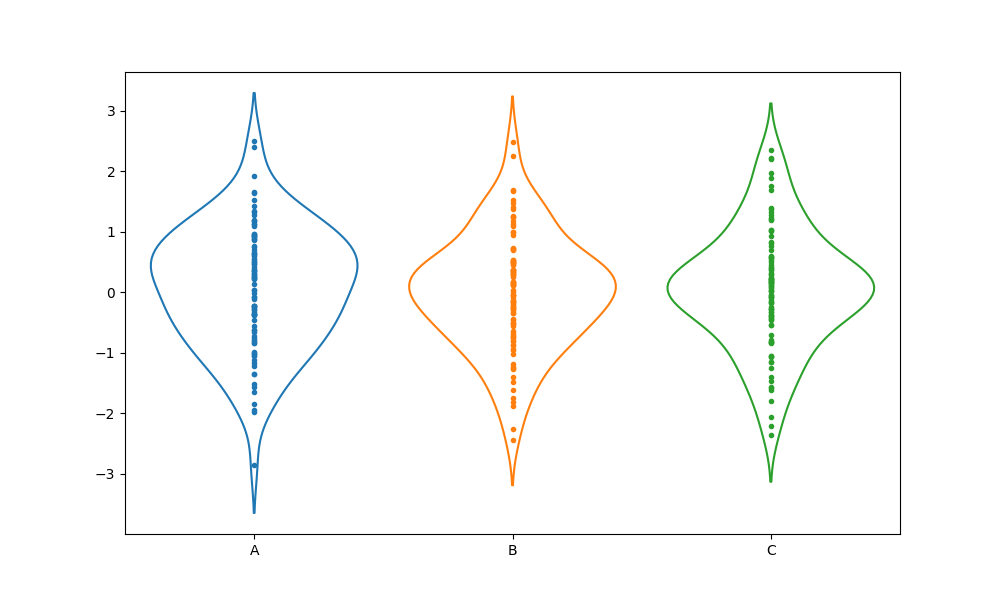
python, seaborn, violinplot, scale='width', split='False', inner='point', fill='False'